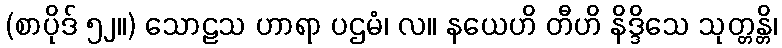
(စာပိုဒ် ၅၂။) သောဠသ ဟာရာ ပဌမံ၊ လ။ နယေဟိ တီဟိ နိဒ္ဒိသေ သုတ္တန္တိ၊